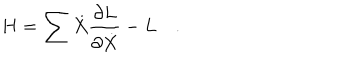
H = \sum \dot { X } \frac { \partial L } { \partial \dot { X } } - L \quad .